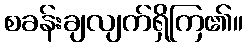
စခန်းချလျက်ရှိကြ၏။